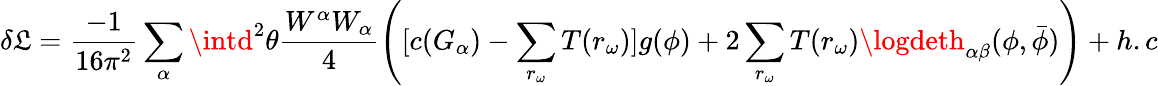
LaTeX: \delta{\cal\mathfrak{L}}=\frac{{-1}}{{16{\pi}^{2}}}\sum_{\alpha}\intd^{2}\theta\frac{{W^{\alpha}W_{\alpha}}}{{4}}\left([c(G_{\alpha})-\sum_{r_{\omega}}T(r_{\omega})]g(\phi)+2\sum_{r_{\omega}}T(r_{\omega})\logdeth_{\alpha\beta}(\phi,{\bar{{\phi}}})\right)+h.c